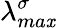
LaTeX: \lambda_{ma\mathit{x}}^{\sigma}